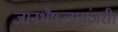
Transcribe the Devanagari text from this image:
ज्ञानभैषज्यमंजरी।